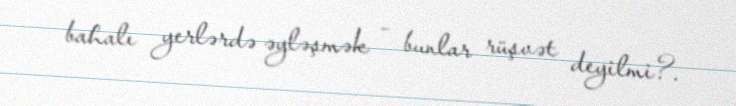
bahalı yerlərdə əyləşmək – bunlar rüşvət deyilmi?.